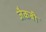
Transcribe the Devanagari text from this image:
जैकबी